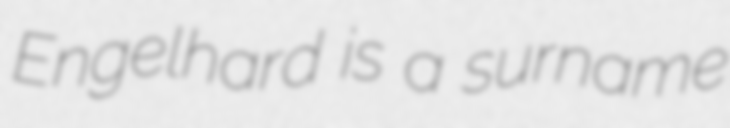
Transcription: Engelhard is a surname